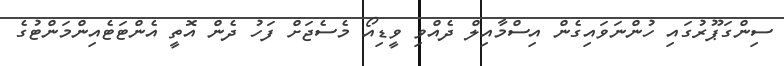
ސިންގަޕޫރުގައި ހުންނަވައިގެން އިސްމާއިލް ދެއްވި ވީޑިއޯ މެސެޖަށް ފަހު ދެން އޮތީ އެންޓަޓެއިންމަންޓުގެ